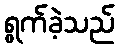
ရွက်ခဲ့သည်